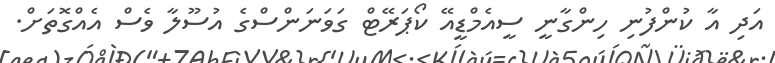
އަދި އާ ކުންފުނި ހިންގާނީ ސީއެމްޑީއޭ ކޯޕަރޭޓް ގަވަނަންސްގެ އުސޫލާ ވެސް އެއްގޮތަށް.